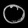
Digit: ၀